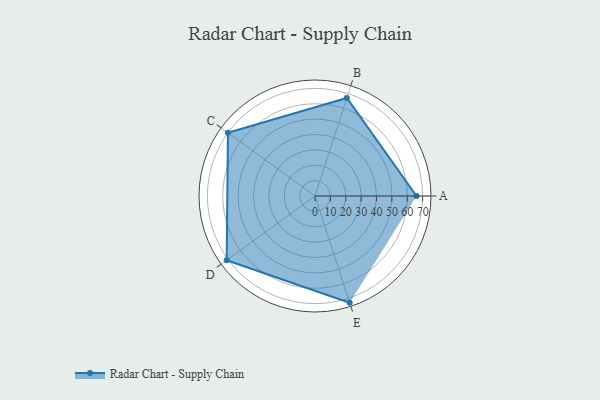
{"axis": {"x": "Skill", "y": "Score"}, "legend": ["Profile"], "data": [{"x": "A", "y": 66.0, "type": "Profile"}, {"x": "B", "y": 67.0, "type": "Profile"}, {"x": "C", "y": 70.0, "type": "Profile"}, {"x": "D", "y": 71.0, "type": "Profile"}, {"x": "E", "y": 73.0, "type": "Profile"}]}